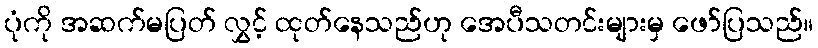
ပုံကို အဆက်မပြတ် လွှင့် ထုတ်နေသည်ဟု အေပီသတင်းများမှ ဖော်ပြသည်။